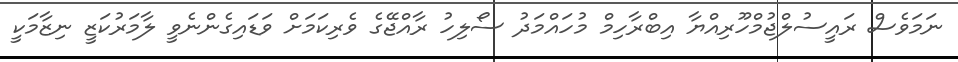
ނަމަވެސް ރައީސުލްޖުމްހޫރިއްޔާ އިބްރާހިމް މުހައްމަދު ސޯލިހު ރާއްޖޭގެ ވެރިކަމަށް ވަޑައިގެންނެވީ ލާމަރުކަޒީ ނިޒާމަކީ